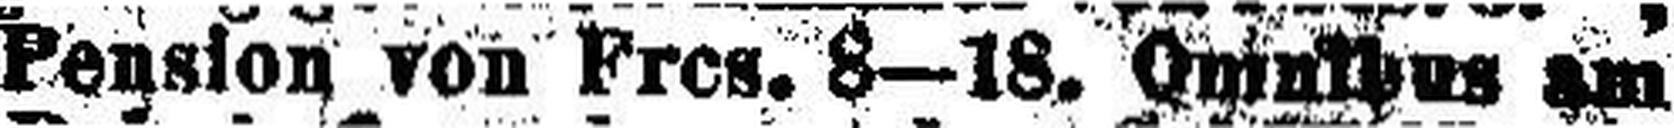
Pension von Frcs. 8—18. Omnibus am